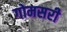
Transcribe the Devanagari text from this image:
गोमसरी